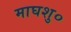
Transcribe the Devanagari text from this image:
माघशु०